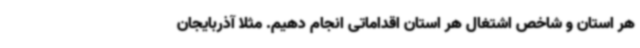
هر استان و شاخص اشتغال هر استان اقداماتی انجام دهیم. مثلا آذربایجان